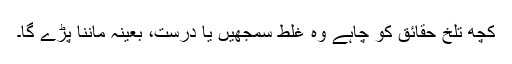
کچھ تلخ حقائق کو چاہے وہ غلط سمجھیں یا درست، بعینہ ماننا پڑے گا۔